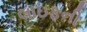
લાઇફની